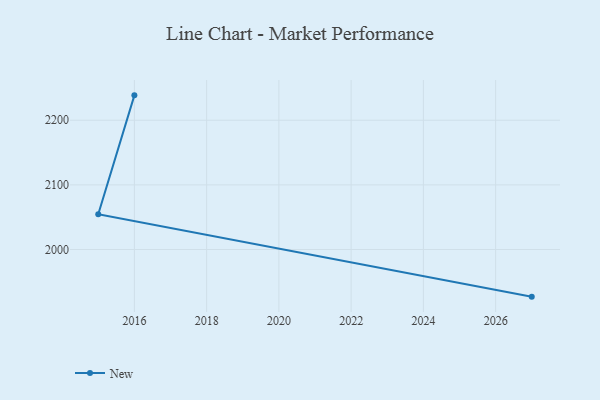
{"axis": {"x": "Year", "y": "Latency (ms)"}, "legend": ["New"], "data": [{"x": "2016", "y": 2238.5, "type": "New"}, {"x": "2015", "y": 2054.7, "type": "New"}, {"x": "2027", "y": 1927.1, "type": "New"}]}